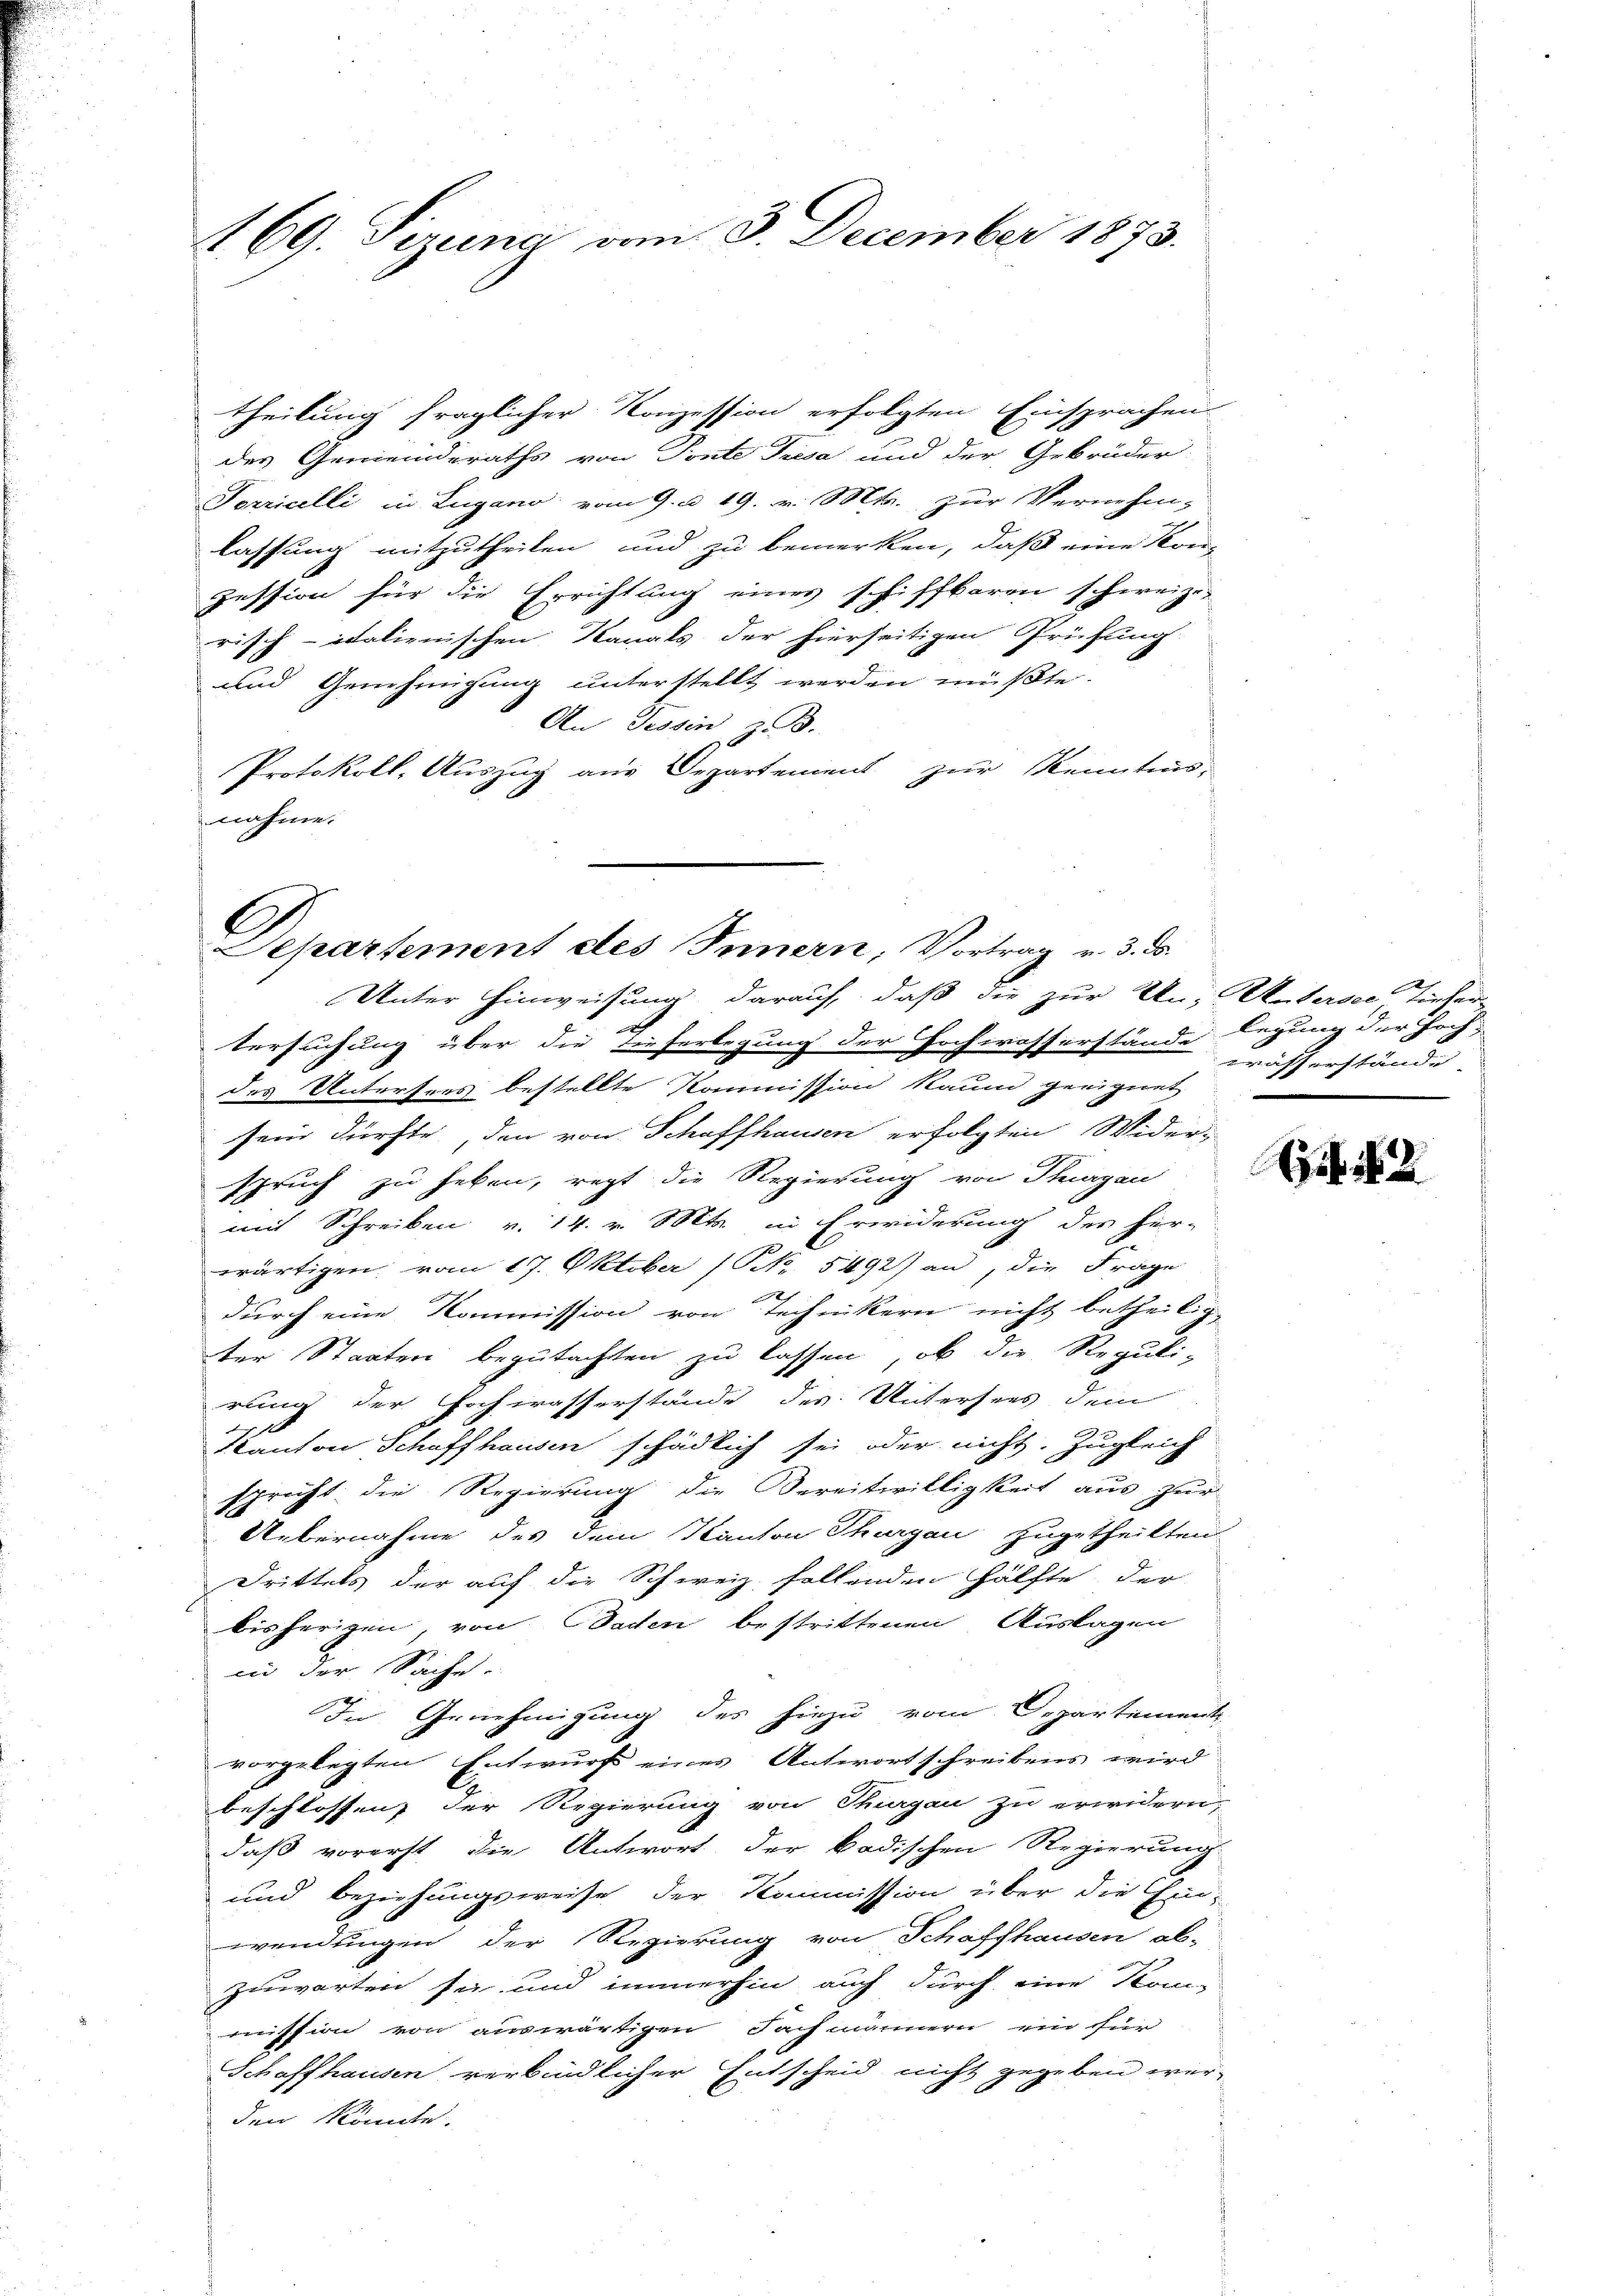
169. Sizung vom 3. December 1873.

theilung fraglicher Konzession erfolgten Einsprachen
des Gemeinderaths von Tonte Tresa und der Gebrüder
Porricelli in Lugano vom 9. d. 19. v. Mts. zur Vernehm-
lassung mitzutheilen und zu bemerken, daß eine Kon-
pession für die Errichtung eines schiffbaren schweize
risch-italienischen Kanals der hierseitigen Prüfung.
und Genehmigung unterstellt werden müßte.
An Tessin, z. B.
Protokoll, Auszug aus Departement zur Kenntnis-
nahme.

Separtement des Innern, Vortrag v. 3. ds.

Unter Hinweisung darauf, daß die zur Un- Untersee Tiefertersuchung über die Tieferlegung der Hochwasserstände Wasserstände
des Untersres bestellte Kommission kaum geeignet
sein dürfte, den von Schaffhausen erfolgten Wider-
spruch zu heben, regt die Regierung von Thurgau
mit Schreiben v. 14. v. Mts. in Erwiderung des her-
wärtigen vom 17. Oktober (NN 5492) an, die Frage
2
durch eine Kommission von Technikern nicht betheilig
ter Staaten begutachten zu lassen, ob die Reguli-
rung der Hochwasserstände des Untersees dem
Kanton Schaffhausen schädlich sei oder nicht. Zugleich
spricht die Regierung die Bereitwilligkeit aus zur
Uebernahme des dem Kanton Thurgau zugetheilten
Drittels der auf die Schweiz fallenden Hälfte der
bisherigen, von Baden bestrittenen Auslagen
in der Sache
In Genehmigung des hiezu vom Departement
vorgelegten Entwurf eines Antwortschreibens wird
beschlossen, der Regierung von Thurgau zu erwidern,
daß vorerst die Antwort der badischen Regierung
und Beziehungsweise der Kommission über die Ein-
wendungen der Regierung von Schaffhausen ab-
zuwarten sie und immerhin auch durch eine Kom-
mmission von auswärtigen Fachmännern ein für
Schaffhausen verbindlicher Entscheid nicht gegeben wer-
den könnte.

legung der Hoch

G 2